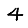
Digit: 4